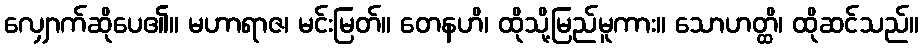
လျှောက်ဆိုပေ၏။ မဟာရာဇ၊ မင်းမြတ်။ တေနဟိ၊ ထိုသို့မြည်မူကား။ သောဟတ္ထိ၊ ထိုဆင်သည်။